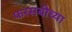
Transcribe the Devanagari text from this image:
फरसबीच्या